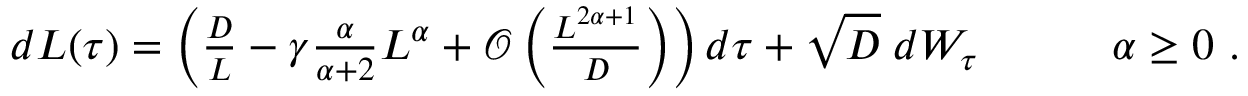
\begin{array} { r } { d L ( \tau ) = \left( \frac { D } { L } - \gamma \frac { \alpha } { \alpha + 2 } L ^ { \alpha } + \mathcal { O } \left( \frac { L ^ { 2 \alpha + 1 } } { D } \right) \right) d \tau + \sqrt { D } \; d W _ { \tau } \qquad \quad \alpha \ge 0 \ . } \end{array}